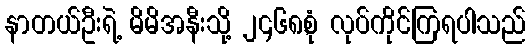
နာတယ်ဦးရဲ့ မိမိအနီးသို့ ၂၄၆၈,စုံ လုပ်ကိုင်ကြရပါသည်